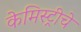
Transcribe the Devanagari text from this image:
केमिस्ट्रीचे